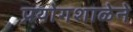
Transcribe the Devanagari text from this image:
प्रयोगशाळेने